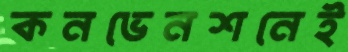
কনভেনশনেই